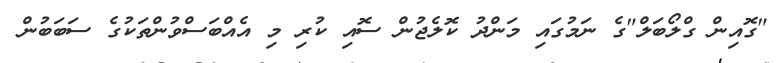
"ގޮއިން ގްލޯބަލް"ގެ ނަމުގައި މަންދު ކޮލެޖުން ސޮއި ކުރި މި އެއްބަސްވުންތަކުގެ ސަބަބުން